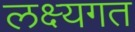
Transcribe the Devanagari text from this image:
लक्ष्यगत